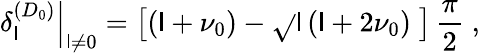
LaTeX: \left.\delta_{\mathsf{l}}^{(D_{0})}\right|_{\mathsf{l}\neq0}=\left[\left(\mathsf{l}+\nu_{0}\right)-\sqrt{}{{\mathsf{l}\left(\mathsf{l}+2\nu_{0}\right)}}\; \right]\, \frac{{\pi}}{{2}}\; ,